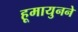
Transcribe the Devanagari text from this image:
हूमायुनने